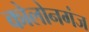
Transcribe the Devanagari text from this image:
कोलोनगंज